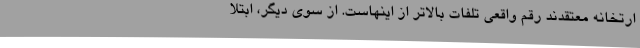
ارتخانه معتقدند رقم واقعی تلفات بالاتر از اینهاست. از سوی دیگر، ابتلا